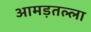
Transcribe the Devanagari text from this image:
आमड़तल्ला